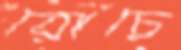
রোচে